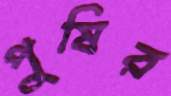
পুষির